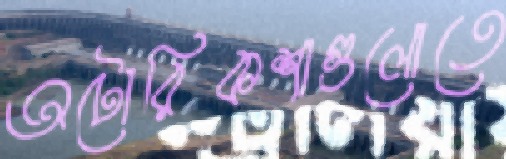
অটোরিকশাগুলোতে